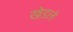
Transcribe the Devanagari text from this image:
खेडले